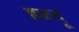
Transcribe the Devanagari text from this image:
हळदू